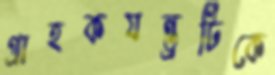
গ্রাহকযন্ত্রটিকে